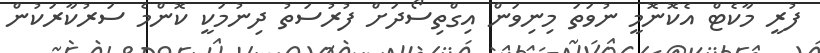
ފުރީ މާކެޓް އެކޮނޮމީ ނުވަތަ މިނިވަން އިގްތިސޯދަށް ފުރުސަތު ދިނުމަކީ ކޮންމެ ސަރުކާރަކުން